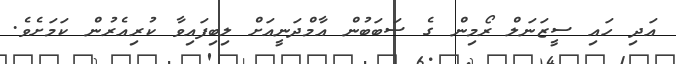
އަދި ހައި ސީޒަނަލް ރޯމިން ގެ ސަބަބުން އާމްދަނީއަށް ލިބިފައިވާ ކުރިއެރުން ކަމަށެވެ.